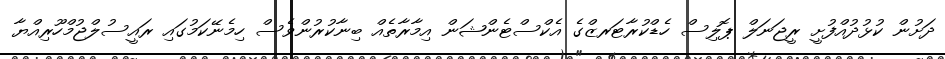
ދަށުން ކުޅުދުއްފުށީ ރީޖަނަލް ޕޮލިސް ހެޑްކުރާޓަރޒްގެ އެކްސްޓެންޝަން އިމާރާތެއް ބިނާކުރުންވެސް ހިމެނޭކަމުގައި ރައީސުލްޖުމްހޫރިއްޔާ